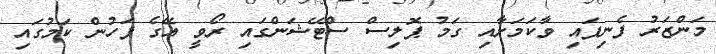
މަންޒަރު ފެނިފައި ވާކަމަށާއި ގަމު ޕޮލިސް ސްޓޭޝަންގައި ރޯވީ އޭގެ ފަހުން ކަމުގައި